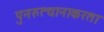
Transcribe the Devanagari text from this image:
पुनरुत्थानाकरता